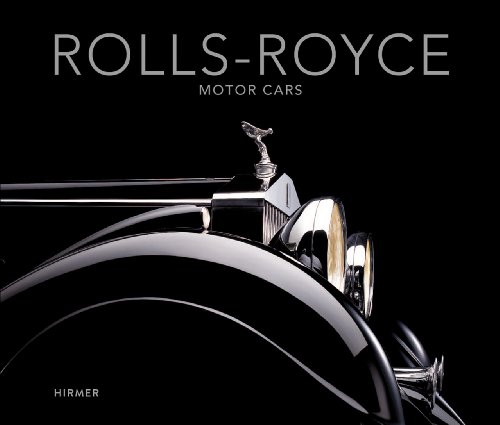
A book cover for Rolls-Royce Motor Cars: Strive for Perfection; Business & Money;